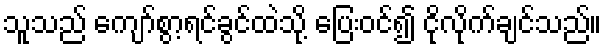
သူသည် ကျော်စွာ့ရင်ခွင်ထဲသို့ ပြေးဝင်၍ ငိုလိုက်ချင်သည်။